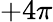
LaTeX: +4\pi